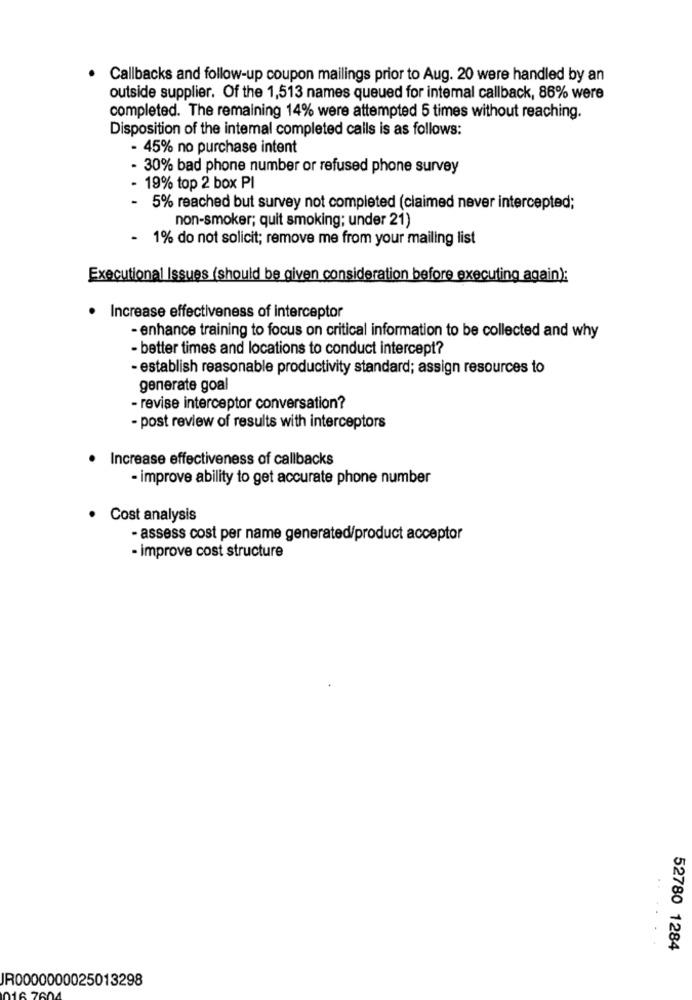
Callbacks and follow-up coupon mailings prior to Aug. 20 were handled by an
outside supplier. Of the 1,513 names queued for intemal callback, 86% were
completed. The remaining 14% were attempted 5 times without reaching.
Disposition of the intemal completed calls is as follows:
- 45% no purchase intent
- 30% bad phone number or refused phone survey
- 19% top 2 box PI
- 5% reached but survey not completed (claimed never intercepted;
non-smoker; quit smoking; under 21)
- 1% do not solicit; remove me from your mailing list
Executional Issues (should be given consideration before executing again):
· Increase effectiveness of interceptor
- enhance training to focus on critical information to be collected and why
- better times and locations to conduct intercept?
- establish reasonable productivity standard; assign resources to
generate goal
- revise interceptor conversation?
- post review of results with interceptors
Increase effectiveness of callbacks
- improve ability to get accurate phone number
Cost analysis
- assess cost per name generated/product acceptor
- improve cost structure
52780 1284
JR0000000025013298
16 760